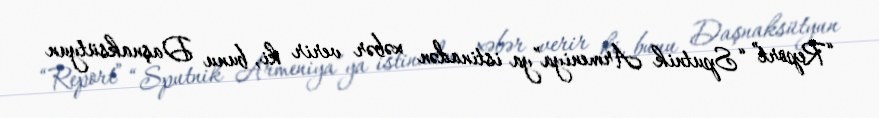
“Report” “Sputnik Armeniya”ya istinadən xəbər verir ki, bunu Daşnaksütyun